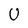
Character: U